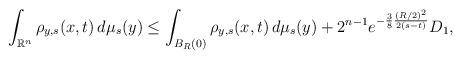
LaTeX: \begin{align*}\int _{\mathbb{R}^n} \rho _{y,s} (x,t) \, d\mu _s (y) \leq \int _{B_R (0) } \rho _{y,s}(x,t) \, d\mu _s (y) + 2^{n-1} e^{-\frac{3}{8} \frac{(R/2)^2}{2(s-t)} } D_1,\end{align*}